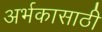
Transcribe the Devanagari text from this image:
अर्भकासाठी